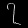
Digit: ၇